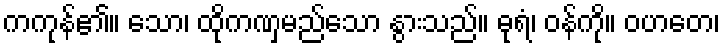
ကကုန်၏။ သော၊ ထိုကဏှမည်သော နွားသည်။ ဓုရံ၊ ဝန်ကို။ ဝဟတေ၊